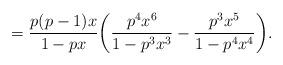
LaTeX: \begin{align*}= \frac{p(p-1)x}{1-px}\bigg(\frac{p^4x^6}{1-p^3x^3} - \frac{p^3x^5}{1-p^4x^4}\bigg). \end{align*}